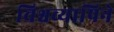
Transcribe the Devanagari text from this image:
विश्वव्यापिने